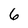
Character: 6